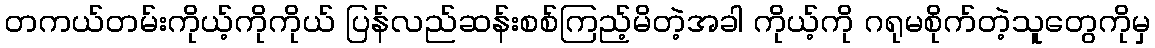
တကယ်တမ်းကိုယ့်ကိုကိုယ် ပြန်လည်ဆန်းစစ်ကြည့်မိတဲ့အခါ ကိုယ့်ကို ဂရုမစိုက်တဲ့သူတွေကိုမှ